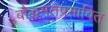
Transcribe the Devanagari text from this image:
बौद्धमतप्रभावित